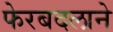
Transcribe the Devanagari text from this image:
फेरबदलाने